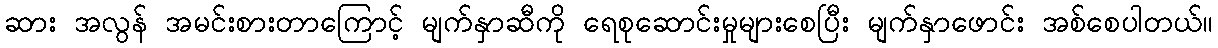
ဆား အလွန် အမင်းစားတာကြောင့် မျက်နှာဆီကို ရေစုဆောင်းမှုများစေပြီး မျက်နှာဖောင်း အစ်စေပါတယ်။